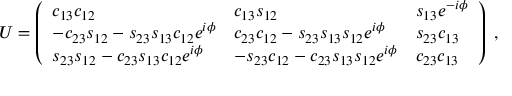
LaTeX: U = \left( \begin{array} { l l l } { { c _ { 1 3 } c _ { 1 2 } } } & { { c _ { 1 3 } s _ { 1 2 } } } & { { s _ { 1 3 } e ^ { - i \phi } } } \\ { { - c _ { 2 3 } s _ { 1 2 } - s _ { 2 3 } s _ { 1 3 } c _ { 1 2 } e ^ { i \phi } } } & { { c _ { 2 3 } c _ { 1 2 } - s _ { 2 3 } s _ { 1 3 } s _ { 1 2 } e ^ { i \phi } } } & { { s _ { 2 3 } c _ { 1 3 } } } \\ { { s _ { 2 3 } s _ { 1 2 } - c _ { 2 3 } s _ { 1 3 } c _ { 1 2 } e ^ { i \phi } } } & { { - s _ { 2 3 } c _ { 1 2 } - c _ { 2 3 } s _ { 1 3 } s _ { 1 2 } e ^ { i \phi } } } & { { c _ { 2 3 } c _ { 1 3 } } } \end{array} \right) \ ,